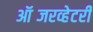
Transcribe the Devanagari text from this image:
ऑब्जरव्हेटरी